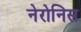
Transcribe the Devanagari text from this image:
नेरोनिस